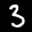
Label: 3